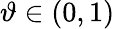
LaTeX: \vartheta\in(0,1)